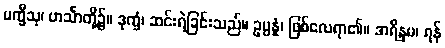
ပက္ခီသု၊ ဟင်္သာတို့၌။ ဒုက္ခံ၊ ဆင်းရဲခြင်းသည်။ ဥပ္ပန္နံ၊ ဖြစ်လေရာ၏။ အရိန္ဒမ၊ ရန်